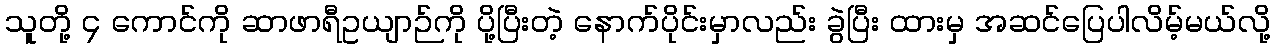
သူတို့ ၄ ကောင်ကို ဆာဖာရီဥယျာဉ်ကို ပို့ပြီးတဲ့ နောက်ပိုင်းမှာလည်း ခွဲပြီး ထားမှ အဆင်ပြေပါလိမ့်မယ်လို့